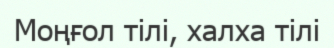
Моңғол тілі, халха тілі